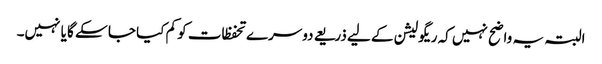
البتہ یہ واضح نہیں کہ ریگولیشن کے لیے ذریعے دوسرے تحفظات کو کم کیا جا سکے گا یا نہیں۔